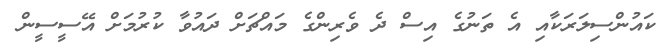
ކައުންސިލަރަކާއި އެ ތަނުގެ އިސް ދެ ވެރިންގެ މައްޗަށް ދައުވާ ކުރުމަށް އޭސީސީން